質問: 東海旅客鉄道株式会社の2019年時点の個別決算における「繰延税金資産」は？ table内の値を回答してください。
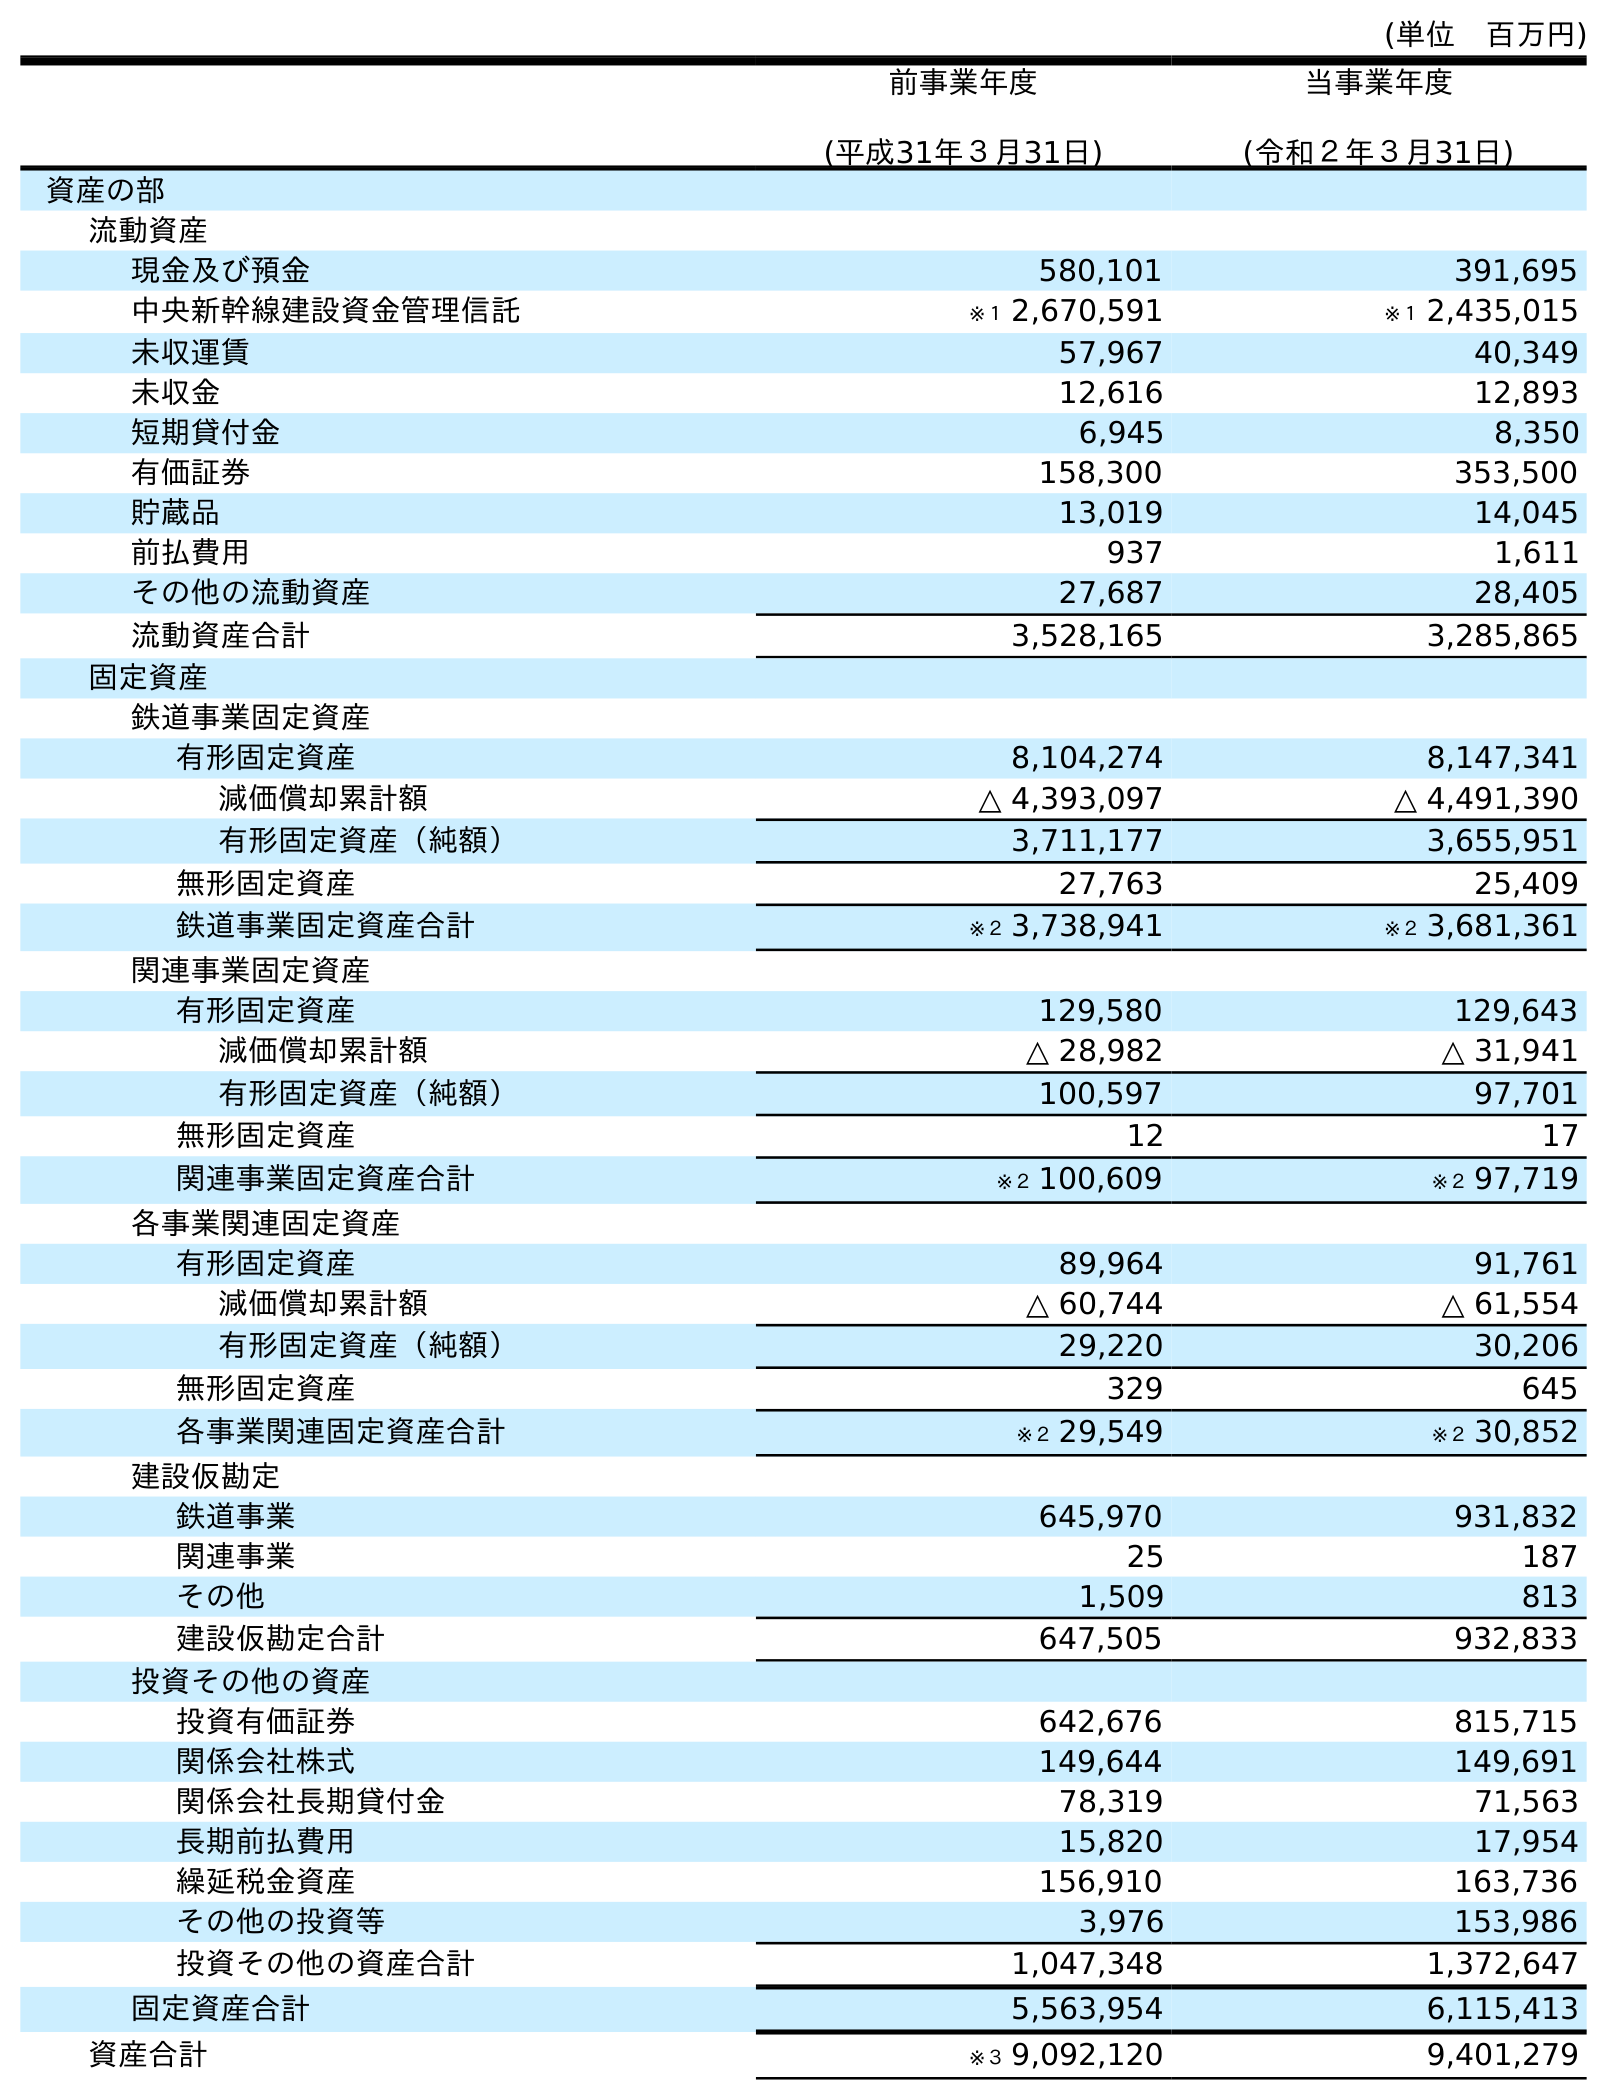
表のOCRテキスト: (単位 百万円) 前事業年度 (平成31年３月31日) 当事業年度 (令和２年３月31日) 資産の部 流動資産 現金及び預金 580,101 391,695 中央新幹線建設資金管理信託 ※１ 2,670,591 ※１ 2,435,015 未収運賃 57,967 40,349 未収金 12,616 12,893 短期貸付金 6,945 8,350 有価証券 158,300 353,500 貯蔵品 13,019 14,045 前払費用 937 1,611 その他の流動資産 27,687 28,405 流動資産合計 3,528,165 3,285,865 固定資産 鉄道事業固定資産 有形固定資産 8,104,274 8,147,341 減価償却累計額 △ 4,393,097 △ 4,491,390 有形固定資産（純額） 3,711,177 3,655,951 無形固定資産 27,763 25,409 鉄道事業固定資産合計 ※２ 3,738,941 ※２ 3,681,361 関連事業固定資産 有形固定資産 129,580 129,643 減価償却累計額 △ 28,982 △ 31,941 有形固定資産（純額） 100,597 97,701 無形固定資産 12 17 関連事業固定資産合計 ※２ 100,609 ※２ 97,719 各事業関連固定資産 有形固定資産 89,964 91,761 減価償却累計額 △ 60,744 △ 61,554 有形固定資産（純額） 29,220 30,206 無形固定資産 329 645 各事業関連固定資産合計 ※２ 29,549 ※２ 30,852 建設仮勘定 鉄道事業 645,970 931,832 関連事業 25 187 その他 1,509 813 建設仮勘定合計 647,505 932,833 投資その他の資産 投資有価証券 642,676 815,715 関係会社株式 149,644 149,691 関係会社長期貸付金 78,319 71,563 長期前払費用 15,820 17,954 繰延税金資産 156,910 163,736 その他の投資等 3,976 153,986 投資その他の資産合計 1,047,348 1,372,647 固定資産合計 5,563,954 6,115,413 資産合計 ※３ 9,092,120 9,401,279
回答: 156,910